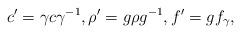
LaTeX: \begin{align*}c' = \gamma c\gamma^{-1},\rho'=g\rho g^{-1}, f' = gf_\gamma,\end{align*}